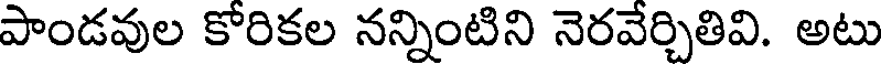
పాండవుల కోరికల నన్నింటిని నెరవేర్చితివి. అటు